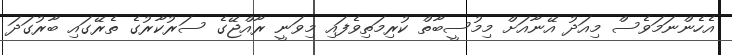
އެހެންނަމަވެސް މިއަދު އޭނާއަށް މިމުސީބާތް ކުރިމަތިވެފައި މިވަނީ ރާއްޖޭގެ ސަރުކާރުގެ ތެރޭގައި ބާރުގަދަ